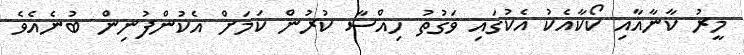
މީރު ކާނާއާއި ކޯކާއެކު އެކުގައި ވަގުތު ހިއްސާ ކުރުން ކަމަށް އެކުންފުނިން ބުނެއެވެ